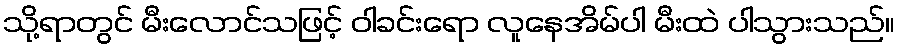
သို့ရာတွင် မီးလောင်သဖြင့် ဝါခင်းရော လူနေအိမ်ပါ မီးထဲ ပါသွားသည်။